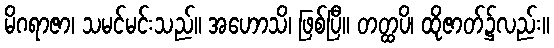
မိဂရာဇာ၊ သမင်မင်းသည်။ အဟောသိ၊ ဖြစ်ပြီ။ တတ္ထပိ၊ ထိုဇာတ်၌လည်း။